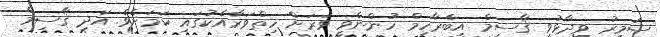
ސަމީރު ވިދާޅުވީ ޤާސިމް އިބްރާހިމް ހުންނެވީ ވަރަށް ހިތްވަރާއެކުގައި ކަމަށެވެ. އަދި ޤާސިމް